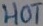
Text: HOT